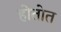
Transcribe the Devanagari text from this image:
होतोत